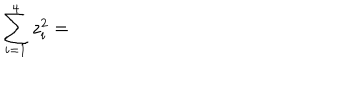
\sum _ { i = 1 } ^ { 4 } z _ { i } ^ { 2 } =